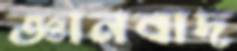
জ্ঞানবাদ